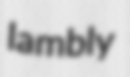
lambly